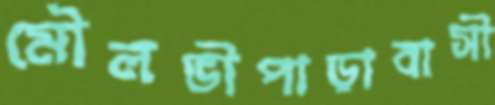
মৌলভীপাড়াবাসী